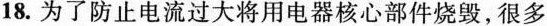
18.为了防止电流过大将用电器核心部件烧毁，很多